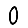
Digit: 0